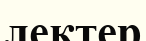
лектер